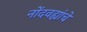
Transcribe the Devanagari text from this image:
नोंदवह्यांचे